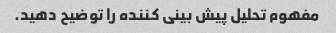
مفهوم تحلیل پیش بینی کننده را توضیح دهید.